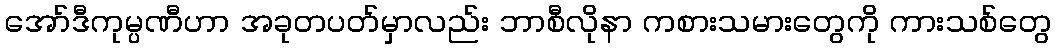
အော်ဒီကုမ္ပဏီဟာ အခုတပတ်မှာလည်း ဘာစီလိုနာ ကစားသမားတွေကို ကားသစ်တွေ